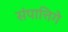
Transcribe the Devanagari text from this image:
संपात्तिगे